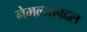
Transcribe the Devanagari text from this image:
नेमल्याबद्दल